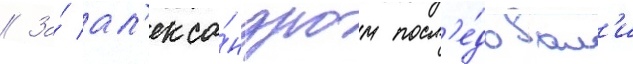
// За́ ал'екса́ндром посл'е́довал'и